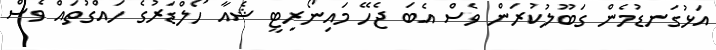
އަޅުގަނޑުމެން ގަބޫލުކުރަން ވެސް އެބަ ޖެހޭ މައިނޯރިޓީ ޝެއާ ހޯލްޑަރުގެ ހައްގުތައް ވެސް